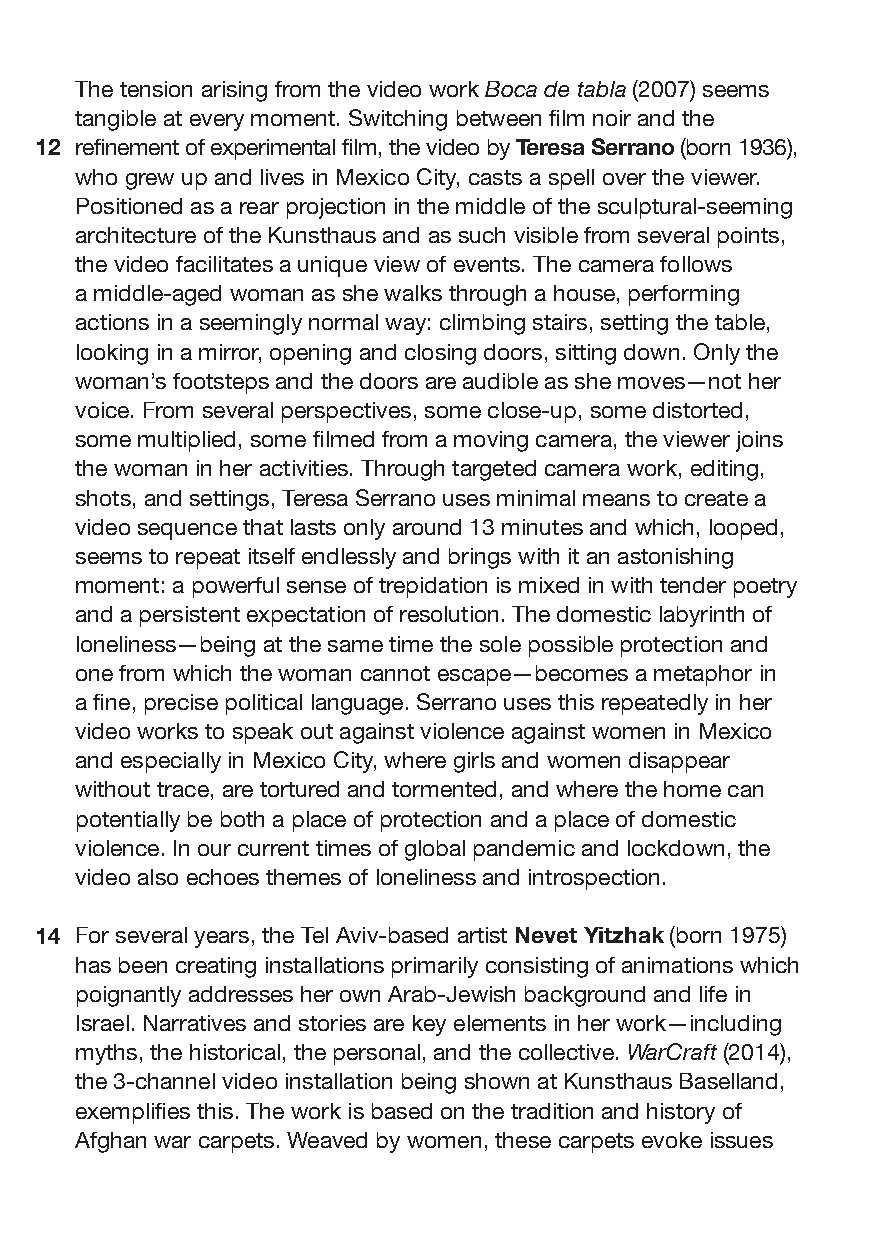
The tension arising from the video work Boca de tabla (2007) seems
 tangible at every moment. Switching between film noir and the
 12 refinement of experimental film, the video by Teresa Serrano (born 1936),
 who grew up and lives in Mexico City, casts a spell over the viewer.
 Positioned as a rear projection in the middle of the sculptural-seeming
 architecture of the Kunsthaus and as such visible from several points,
 the video facilitates a unique view of events. The camera follows
 a middle-aged woman as she walks through a house, performing
 actions in a seemingly normal way: climbing stairs, setting the table,
 looking in a mirror, opening and closing doors, sitting down. Only the
 woman’s footsteps and the doors are audible as she moves—not her
 voice. From several perspectives, some close-up, some distorted,
 some multiplied, some filmed from a moving camera, the viewer joins
 the woman in her activities. Through targeted camera work, editing,
 shots, and settings, Teresa Serrano uses minimal means to create a
 video sequence that lasts only around 13 minutes and which, looped,
 seems to repeat itself endlessly and brings with it an astonishing
 moment: a powerful sense of trepidation is mixed in with tender poetry
 and a persistent expectation of resolution. The domestic labyrinth of
 loneliness—being at the same time the sole possible protection and
 one from which the woman cannot escape—becomes a metaphor in
 a fine, precise political language. Serrano uses this repeatedly in her
 video works to speak out against violence against women in Mexico
 and especially in Mexico City, where girls and women disappear
 without trace, are tortured and tormented, and where the home can
 potentially be both a place of protection and a place of domestic
 violence. In our current times of global pandemic and lockdown, the
 video also echoes themes of loneliness and introspection.
 14 For several years, the Tel Aviv-based artist Nevet Yitzhak (born 1975)
 has been creating installations primarily consisting of animations which
 poignantly addresses her own Arab-Jewish background and life in
 Israel. Narratives and stories are key elements in her work—including
 myths, the historical, the personal, and the collective. WarCraft (2014),
 the 3-channel video installation being shown at Kunsthaus Baselland,
 exemplifies this. The work is based on the tradition and history of
 Afghan war carpets. Weaved by women, these carpets evoke issues